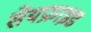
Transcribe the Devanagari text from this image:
सेयफ्राइड